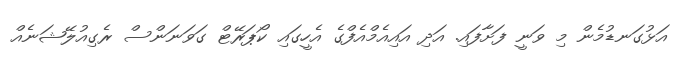
އަޅުގަނޑުމެން މި ވަނީ ފަށާފައި. އަދި އައިއެމްއެފްގެ އެހީގައި ކޯޕަރޭޓް ގަވަނަަންސް ރެގިއުލޭޝަނެއް